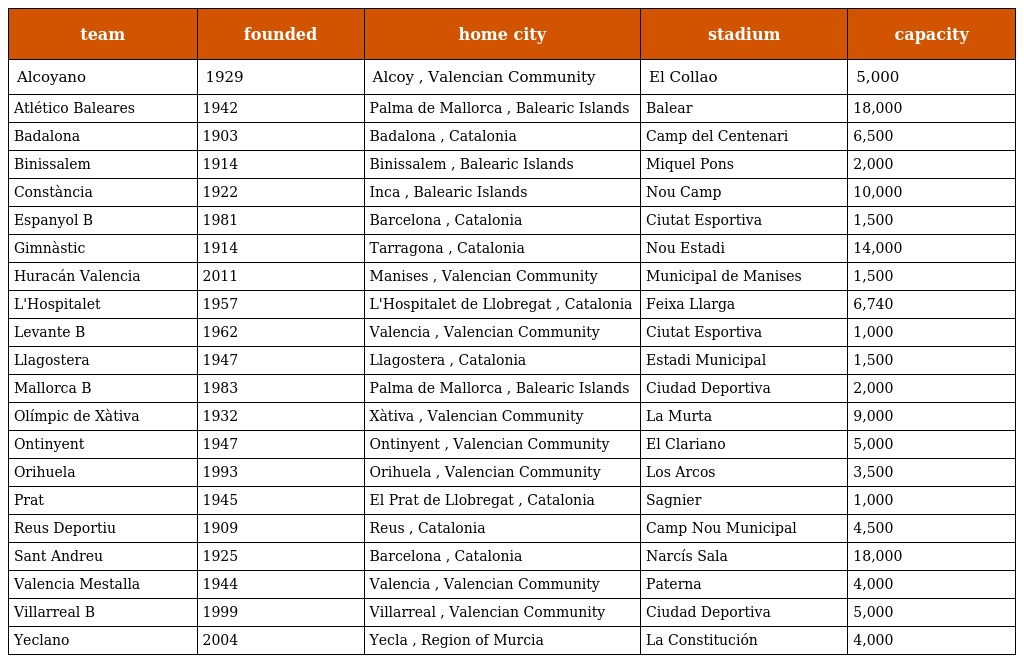
| team | founded | home city | stadium | capacity |
 | --- | --- | --- | --- | --- |
 | Alcoyano | 1929 | Alcoy , Valencian Community | El Collao | 5,000 |
 | Atlético Baleares | 1942 | Palma de Mallorca , Balearic Islands | Balear | 18,000 |
 | Badalona | 1903 | Badalona , Catalonia | Camp del Centenari | 6,500 |
 | Binissalem | 1914 | Binissalem , Balearic Islands | Miquel Pons | 2,000 |
 | Constància | 1922 | Inca , Balearic Islands | Nou Camp | 10,000 |
 | Espanyol B | 1981 | Barcelona , Catalonia | Ciutat Esportiva | 1,500 |
 | Gimnàstic | 1914 | Tarragona , Catalonia | Nou Estadi | 14,000 |
 | Huracán Valencia | 2011 | Manises , Valencian Community | Municipal de Manises | 1,500 |
 | L'Hospitalet | 1957 | L'Hospitalet de Llobregat , Catalonia | Feixa Llarga | 6,740 |
 | Levante B | 1962 | Valencia , Valencian Community | Ciutat Esportiva | 1,000 |
 | Llagostera | 1947 | Llagostera , Catalonia | Estadi Municipal | 1,500 |
 | Mallorca B | 1983 | Palma de Mallorca , Balearic Islands | Ciudad Deportiva | 2,000 |
 | Olímpic de Xàtiva | 1932 | Xàtiva , Valencian Community | La Murta | 9,000 |
 | Ontinyent | 1947 | Ontinyent , Valencian Community | El Clariano | 5,000 |
 | Orihuela | 1993 | Orihuela , Valencian Community | Los Arcos | 3,500 |
 | Prat | 1945 | El Prat de Llobregat , Catalonia | Sagnier | 1,000 |
 | Reus Deportiu | 1909 | Reus , Catalonia | Camp Nou Municipal | 4,500 |
 | Sant Andreu | 1925 | Barcelona , Catalonia | Narcís Sala | 18,000 |
 | Valencia Mestalla | 1944 | Valencia , Valencian Community | Paterna | 4,000 |
 | Villarreal B | 1999 | Villarreal , Valencian Community | Ciudad Deportiva | 5,000 |
 | Yeclano | 2004 | Yecla , Region of Murcia | La Constitución | 4,000 |